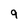
Character: 9